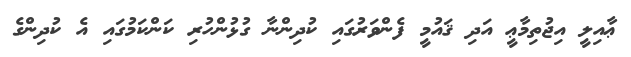
ޢާއިލީ އިޖުތިމާޢީ އަދި ޤައުމީ ފެންވަރުގައި ކުދިންނާ ގުޅުންހުރި ކަންކަމުގައި އެ ކުދިންގެ